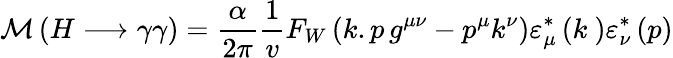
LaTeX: {\cal M}\left(H\longrightarrow\gamma\gamma\right)=\frac{\alpha}{2\pi}\frac{1}{v}F_{W}\left(k.p\, g^{\mu\nu}-p^{\mu}k^{\nu}\right)\varepsilon_{\mu}^{\ast}\left(k~\right)\varepsilon_{\nu}^{\ast}\left(p\right)